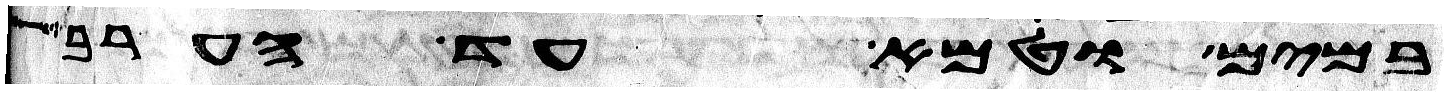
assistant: במים וטמא עד הערב